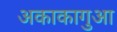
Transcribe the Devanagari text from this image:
अकाकागुआ